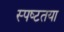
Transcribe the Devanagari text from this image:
स्‍पष्‍टतया